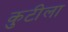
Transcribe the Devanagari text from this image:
कुटीला